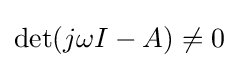
\det(j\omega I-A)\neq 0